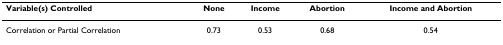
<table><thead><tr><td><b>Variable(s) Controlled</b></td><td><b>None</b></td><td><b>Income</b></td><td><b>Abortion</b></td><td><b>Income and Abortion</b></td></tr></thead><tbody><tr><td>Correlation or Partial Correlation</td><td>0.73</td><td>0.53</td><td>0.68</td><td>0.54</td></tr></tbody></table>